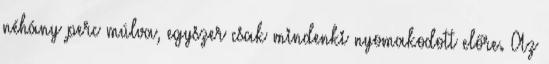
néhány perc múlva, egyszer csak mindenki nyomakodott előre. Az